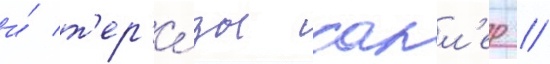
и́ т'ер'е́зы сакл'ер //